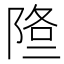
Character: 𨹿